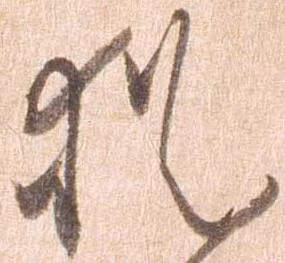
猶